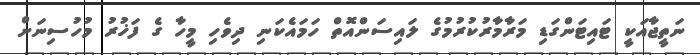
ނަތީޖާއަކީ ޓައިޓަންގަޑި މަރާމާރުކުރުމުގެ ލައިސަންއޮތް ހަމައެކަނި ދިވެހި މީހާ ގެ ފަޚުރު މުހުސިނަށް